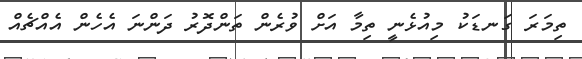
ތިމަރަ ގަނޑަކު މިއުޅެނީ ތިމާ އަށް ވުރެން ތަންދޮރު ދަންނަ އެހެން އެއްޗެއް